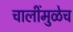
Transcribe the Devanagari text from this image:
चालींमुळेच